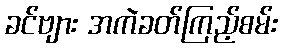
ခင်ဗျား အကဲခတ်ကြည့်စမ်း